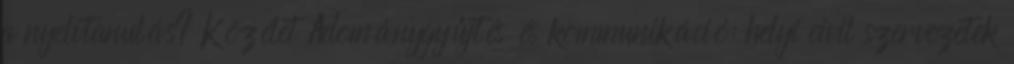
a nyelvtanulás? Közélet Adománygyűjtés és kommunikáció: helyi civil szervezetek